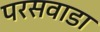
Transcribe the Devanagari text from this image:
परसवाडा